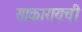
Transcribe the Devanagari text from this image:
साकारायची